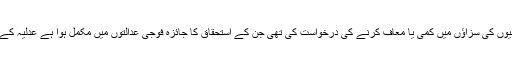
عدلیہ کے سربراہ آیت اللہ شاہرودی نے ایک خط میں ان فوجیوں کی سزاؤں میں کمی یا معاف کرنے کی درخواست کی تھی جن کے استحقاق کا جائزہ فوجی عدالتوں میں مکمل ہوا ہے عدلیہ کے سربراہ کی درخواست سے رہبر معظم نے موافقت فرمائی ۔